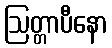
ဩတ္တာပီနော